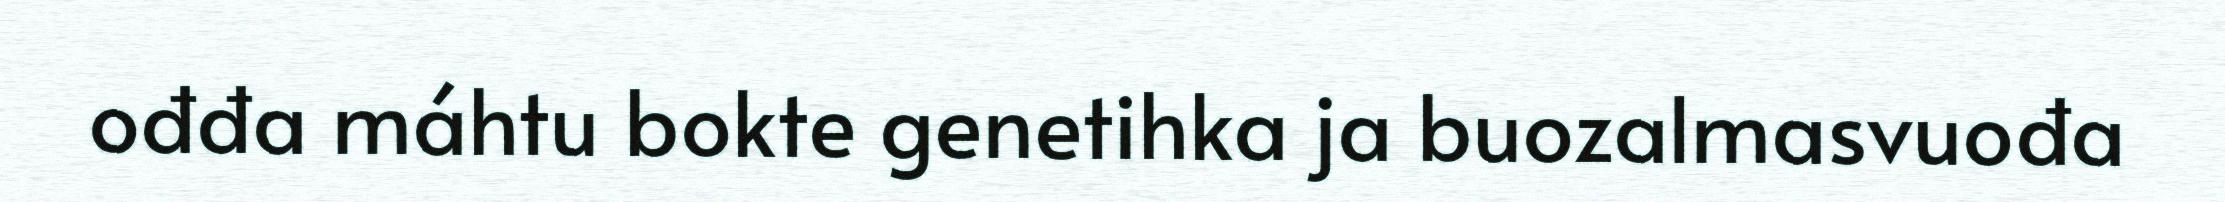
ođđa máhtu bokte genetihka ja buozalmasvuođa